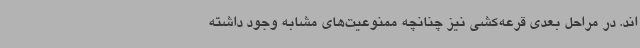
اند. در مراحل بعدی قرعه‌کشی نیز چنانچه ممنوعیت‌های مشابه وجود داشته